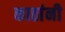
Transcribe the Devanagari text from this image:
काठांनी